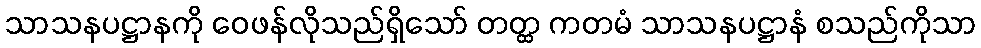
သာသနပဋ္ဌာနကို ဝေဖန်လိုသည်ရှိသော် တတ္ထ ကတမံ သာသနပဋ္ဌာနံ စသည်ကိုသာ